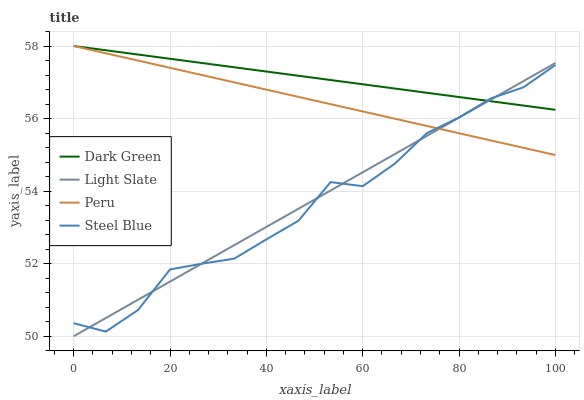
| xaxis_label | Dark Green | Light Slate | Peru | Steel Blue |
 | --- | --- | --- | --- | --- |
 | 0 | 58 | 50 | 58 | 50.4 |
 | 6.67 | 57.9 | 50.5 | 57.8 | 50.1 |
 | 13.3 | 57.8 | 51 | 57.6 | 50.7 |
 | 20 | 57.6 | 51.5 | 57.4 | 51.8 |
 | 26.7 | 57.5 | 52 | 57.2 | 52 |
 | 33.3 | 57.4 | 52.5 | 57 | 52.1 |
 | 40 | 57.3 | 53 | 56.8 | 52.7 |
 | 46.7 | 57.2 | 53.5 | 56.6 | 53.2 |
 | 53.3 | 57.1 | 54 | 56.4 | 54.2 |
 | 60 | 56.9 | 54.5 | 56.2 | 54.1 |
 | 66.7 | 56.8 | 55 | 56 | 54.8 |
 | 73.3 | 56.7 | 55.5 | 55.8 | 55.6 |
 | 80 | 56.6 | 56 | 55.6 | 56 |
 | 86.7 | 56.5 | 56.5 | 55.4 | 56.6 |
 | 93.3 | 56.4 | 57 | 55.2 | 56.9 |
 | 100 | 56.2 | 57.5 | 55 | 57.5 |